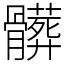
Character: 髒